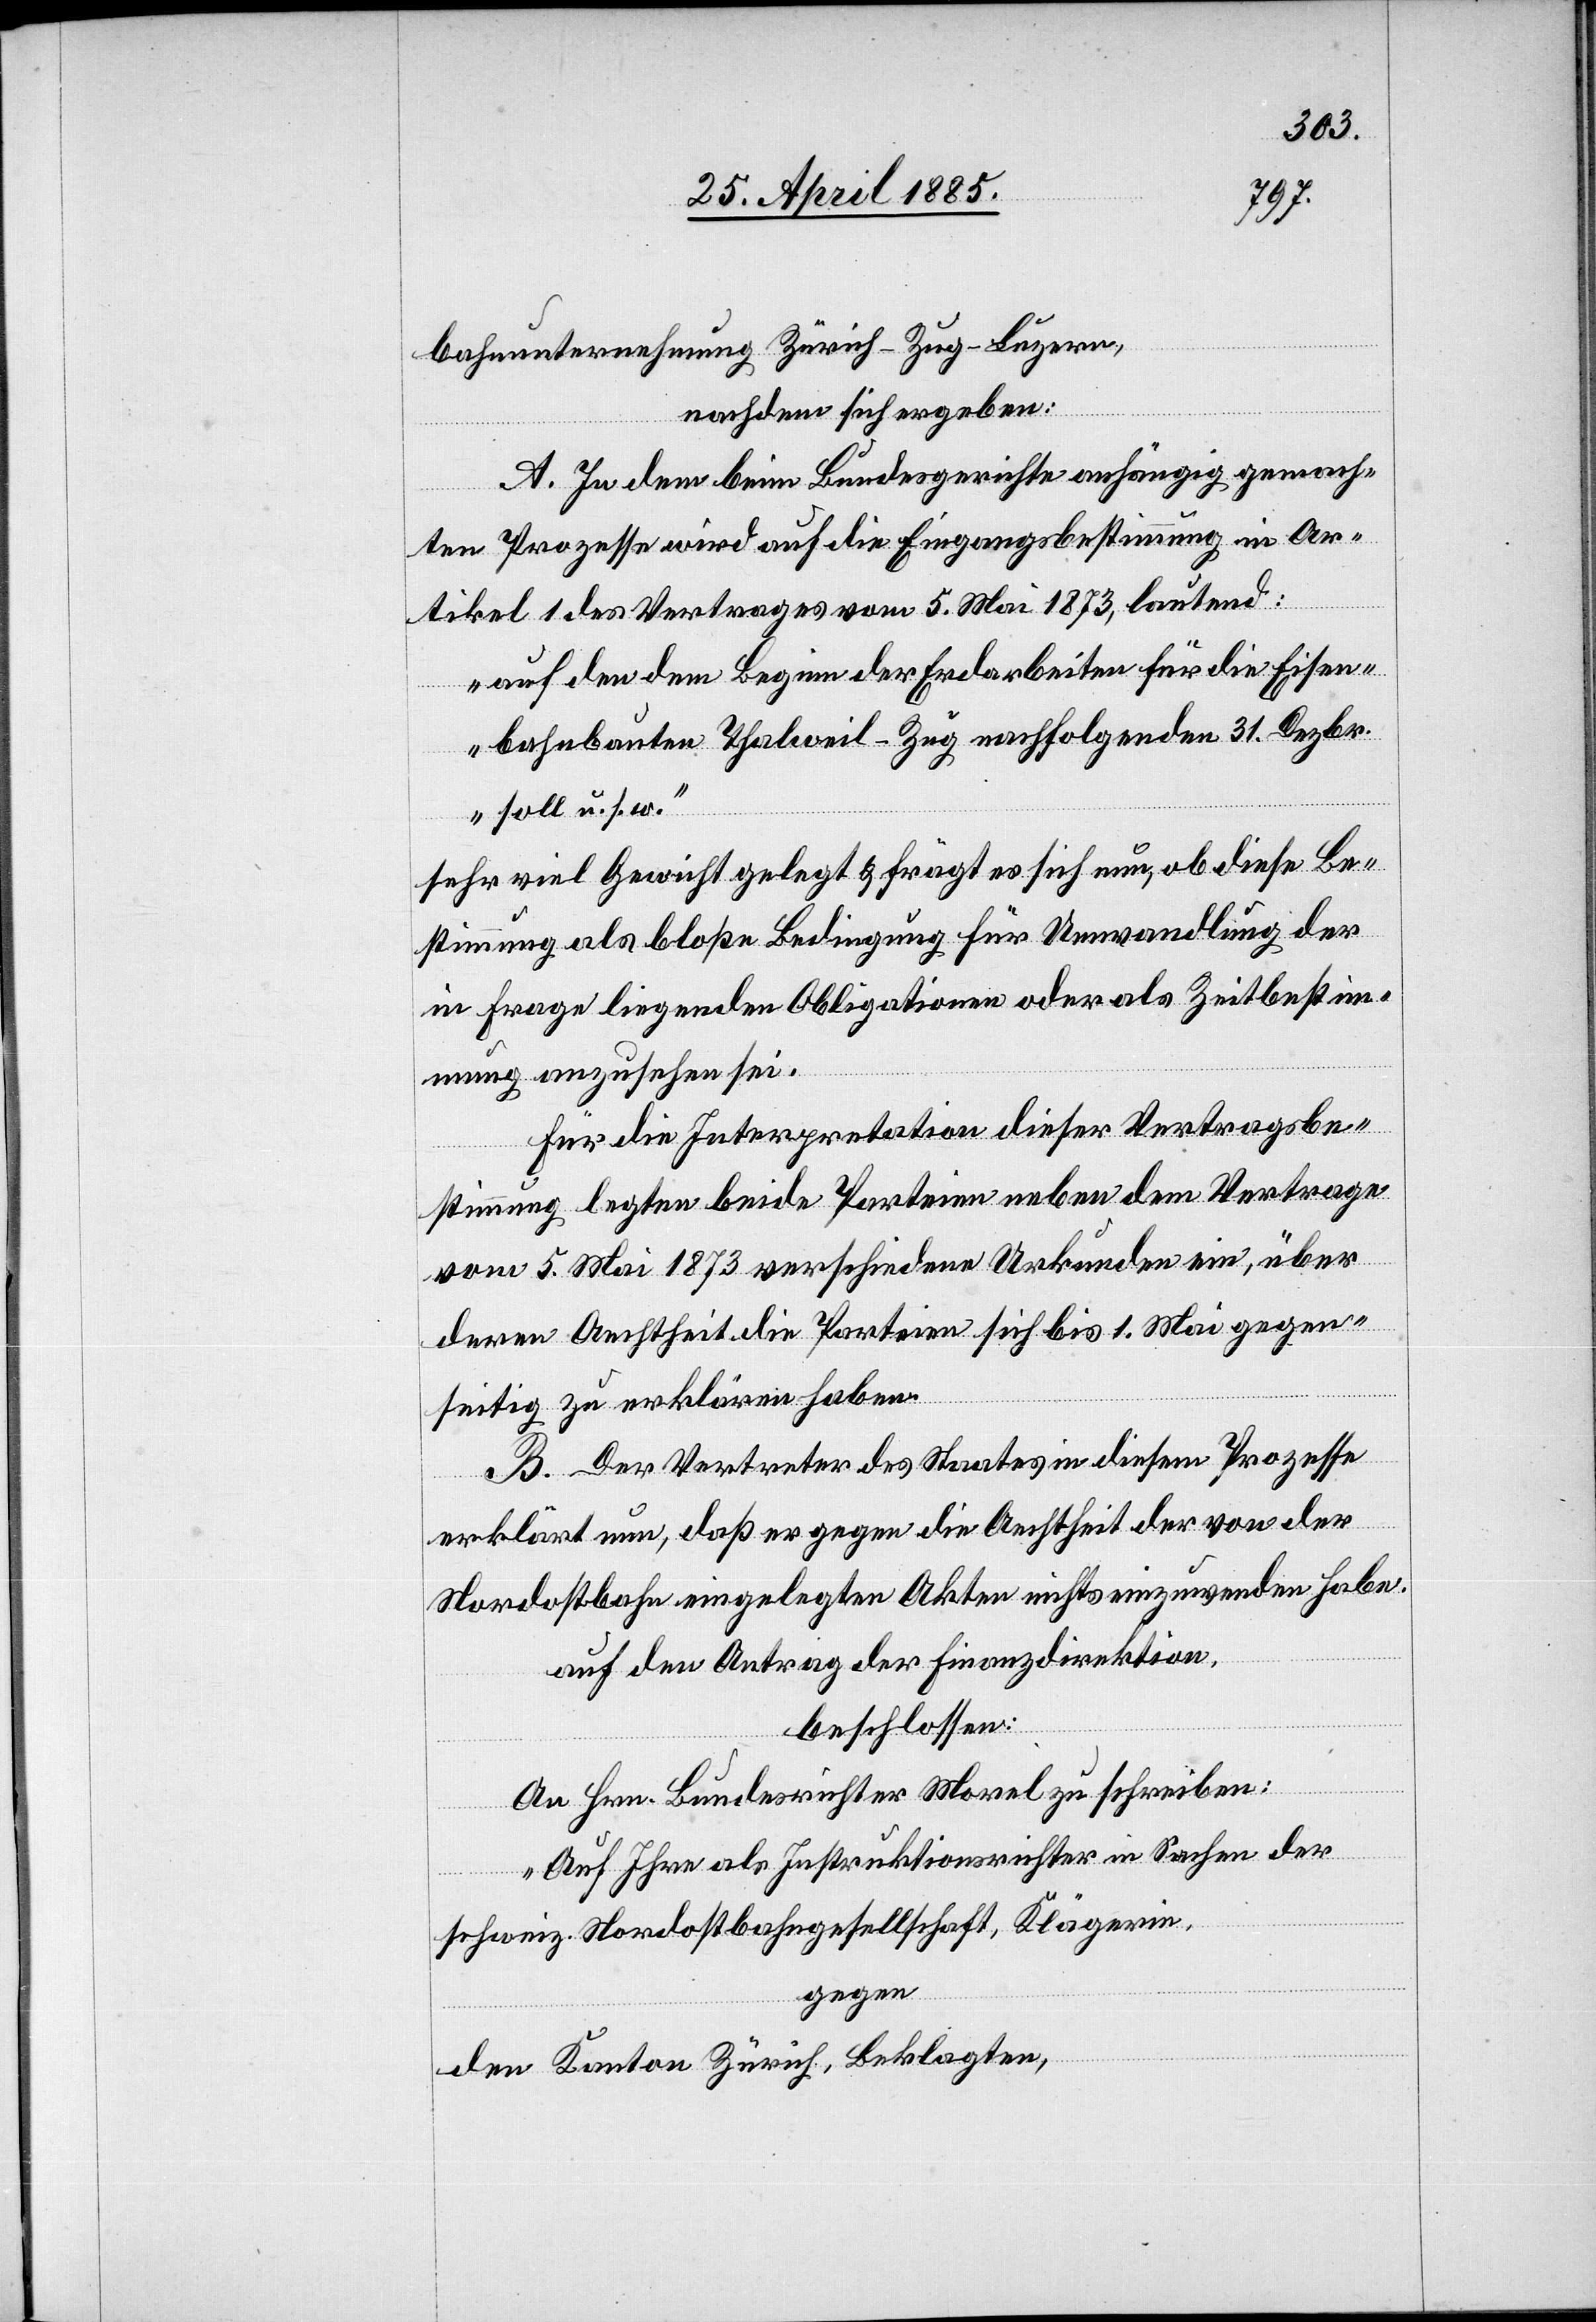
bahnunternehmung Zürich–Zug–Luzern,
nachdem sich ergeben:
A. In dem beim Bundesgerichte anhängig gemach¬
ten Prozesse wird auf die Eingangsbestimmung in Ar¬
tikel 1 der Vertrages vom 5. Mai 1873, lautend:
„auf den dem Beginn der Erdarbeiten für die Eisen¬
bahnbauten Thalweil–Zug nachfolgenden 31. Dezbr.
soll u. s. w.“
sehr viel Gewicht gelegt & frägt es sich nun, ob diese Be¬
stimmung als bloße Bedingung für Umwandlung der
in Frage liegenden Obligationen oder als Zeitbestim¬
mung anzusehen sei.
Für die Interpretation dieser Vertragsbe¬
stimmung legten beide Parteien neben dem Vertrage
vom 5. Mai 1873 verschiedene Urkunden ein, über
deren Aechtheit die Parteien sich bis 1. Mai gegen¬
seitig zu erklären haben.
B. Der Vertreter des Staates in diesem Prozesse
erklärt nun, daß er gegen die Aechtheit der von der
Nordostbahn eingelegten Akten nichts einzuwenden habe.
auf den Antrag der Finanzdirektion,
beschlossen:
An Hrn. Bundesrichter Morel zu schreiben:
„Auf Ihre als Instruktionsrichter in Sachen der
schweiz. Nordostbahngesellschaft, Klägerin,
gegen
den Kanton Zürich, Beklagten,